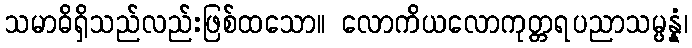
သမာဓိရှိသည်လည်းဖြစ်ထသော။ လောကိယလောကုတ္တရပညာသမ္ပန္နံ၊